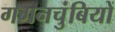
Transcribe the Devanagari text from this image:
गगनचुंबियों